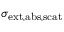
\sigma _ { \mathrm { e x t , a b s , s c a t } }